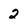
Character: 2